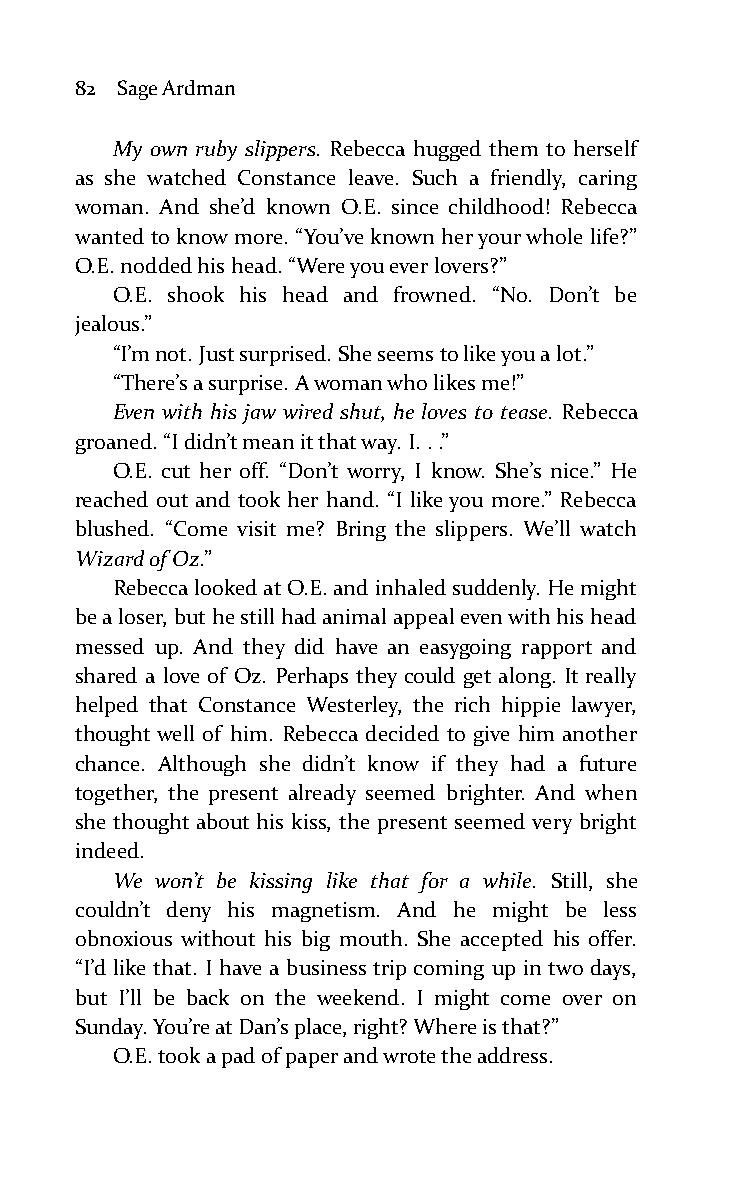
82 Sage Ardman
 My own ruby slippers. Rebecca hugged them to herself
 as she watched Constance leave. Such a friendly, caring
 woman. And she’d known O.E. since childhood! Rebecca
 wanted to know more. “You’ve known her your whole life?”
 O.E. nodded his head. “Were you ever lovers?”
 O.E. shook his head and frowned. “No. Don’t be
 jealous.”
 “I’m not. Just surprised. She seems to like you a lot.”
 “There’s a surprise. A woman who likes me!”
 Even with his jaw wired shut, he loves to tease. Rebecca
 groaned. “I didn’t mean it that way. I. . .”
 O.E. cut her off. “Don’t worry, I know. She’s nice.” He
 reached out and took her hand. “I like you more.” Rebecca
 blushed. “Come visit me? Bring the slippers. We’ll watch
 Wizard of Oz.”
 Rebecca looked at O.E. and inhaled suddenly. He might
 be a loser, but he still had animal appeal even with his head
 messed up. And they did have an easygoing rapport and
 shared a love of Oz. Perhaps they could get along. It really
 helped that Constance Westerley, the rich hippie lawyer,
 thought well of him. Rebecca decided to give him another
 chance. Although she didn’t know if they had a future
 together, the present already seemed brighter. And when
 she thought about his kiss, the present seemed very bright
 indeed.
 We won’t be kissing like that for a while. Still, she
 couldn’t deny his magnetism. And he might be less
 obnoxious without his big mouth. She accepted his offer.
 “I’d like that. I have a business trip coming up in two days,
 but I’ll be back on the weekend. I might come over on
 Sunday. You’re at Dan’s place, right? Where is that?”
 O.E. took a pad of paper and wrote the address.